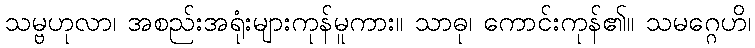
သမ္ဗဟုလာ၊ အစည်းအရုံးများကုန်မူကား။ သာဓု၊ ကောင်းကုန်၏။ သမဂ္ဂေဟိ၊